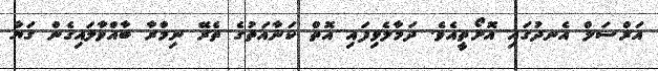
އަރްސަލް އެނދުގައި އޮށޯތީއެވެ. ދަމާލެވިފައި އޮތް ކަނާއަތުގެ ތެރޭ ނިމްރާ ބާއްވާލައިގެން ގަޔާ